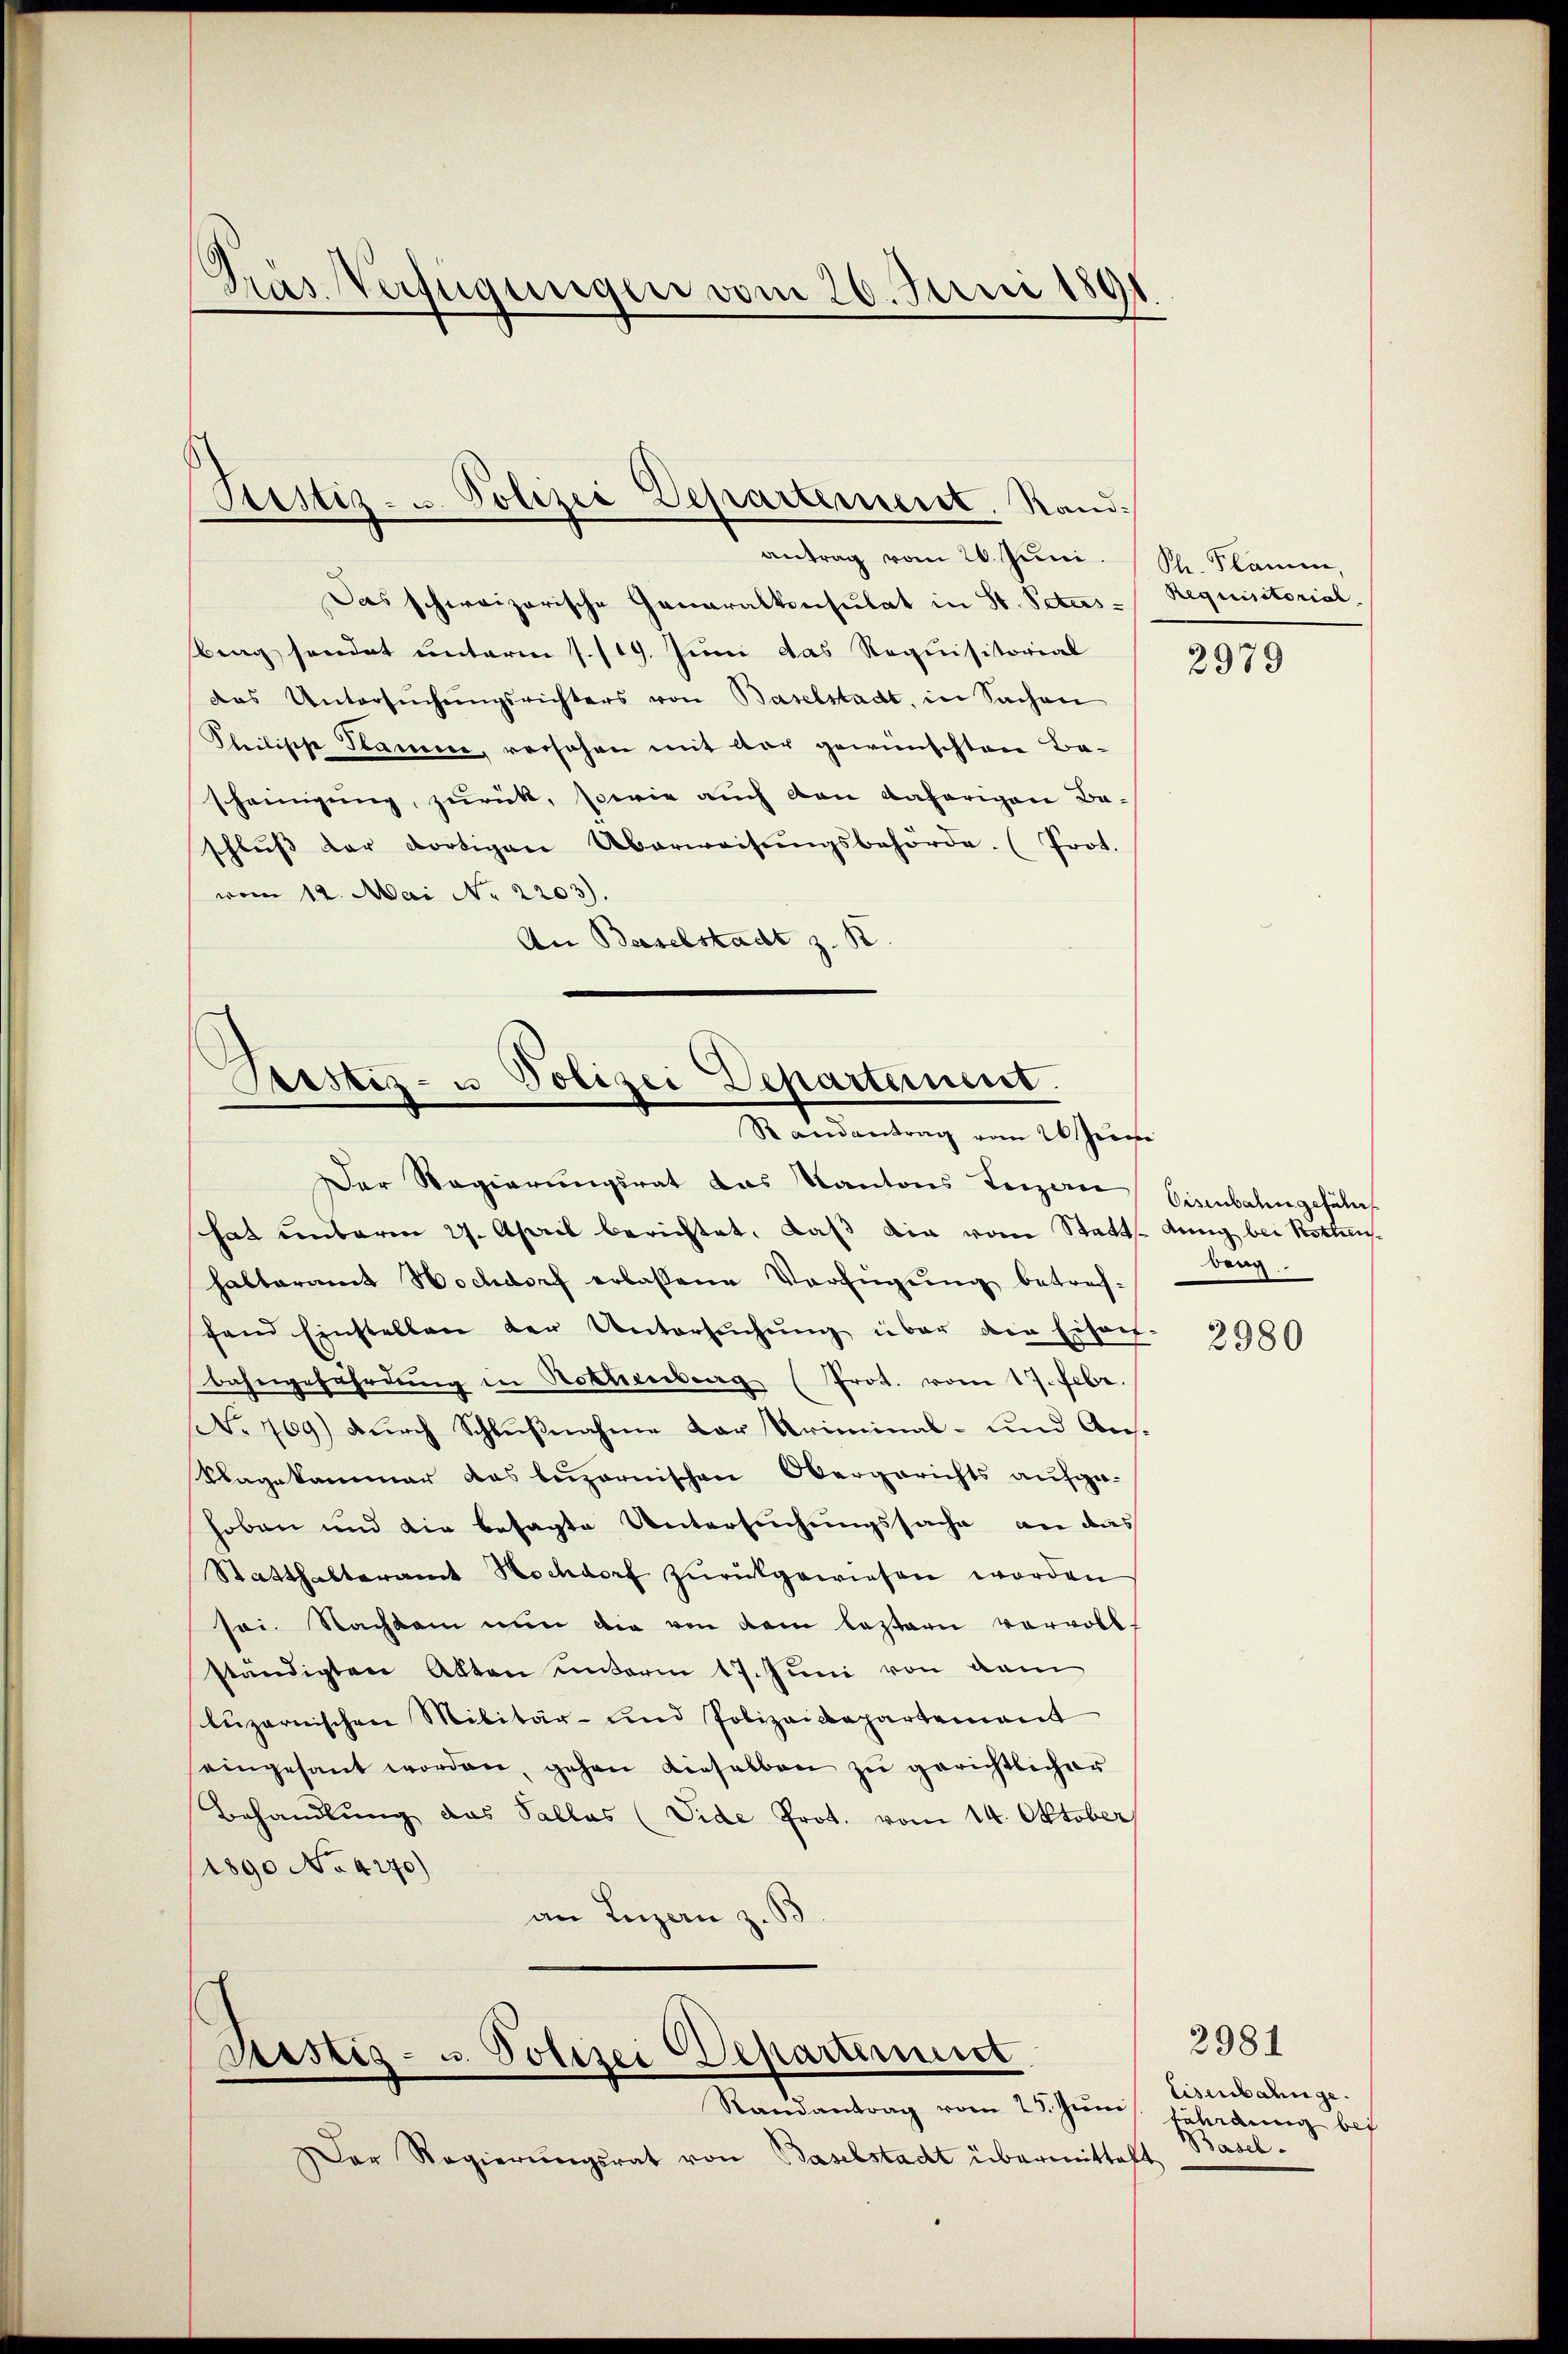
Gras Verfügungen vom 26. Juni 1891

Das schweizerische Generalkonsulat in St. Peters-Requisitorial.
bragsendet unterm 1. /19. Juni das Requisitorial
das Untersŭchŭngsrichters von Baselstadt, in Sachen
Pleilische Stamme, versehen mit der gewünschten Bascheinigung, zurück, sowie auch den daherigen Ba-
schlŭβ der dortigen Überweisŭngsbehörde. (Prot.
vom 12. Mai No 2203).
An Baselstadt z. B

Ptistiz- u. Polizei Departement, Rand.
antrag vom 20. Juni.

Prustiz- u Polizei Departement.
Randantrag vom 26. Junisi

Der Regierungsrat das Kantons Terzen
hat unterm 27. April berichtet, daß die vom Statt. Jung bei Rottenshalteramt Hochdorf erlassene Verfügŭng betref-
fand Einstellen der Untersuchung über die Eisen-
Bahngefährdung in Rothenberg (Prot. vom 17. Febr.
No 769) durch Schlußnahme der Kriminal- und Aus¬
Klagekammer das beizornischen Obergerichts aufgehoben und die besagte Untersuchungssache, an das
Statthalteramt Hochdorf zŭrückgewiesen worden
sei. Nachkam nun die von dem leztern vorvoll-
ständigten Akten unterm 17. Juni von dem
luzernischen Militär- und Polizeidepartement
eingesant worden, gehen dieselben zu gerichtlicher
Behandlung das Sallas (Vide Prot. vom 14. Oktober
1890 No 4270)
an Luzern z. B

Sistig- u. Polizei Departement
Randantrag vom 25. Junis fährdung bei

Der Regierŭngsrat von Baselstadt übermittelt

Ph. Flamm,

2979

Cisenbahn gefähr
Beng

2980

2981
Eisenbahnge.
Basel.